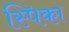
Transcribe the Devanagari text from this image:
स्पिका